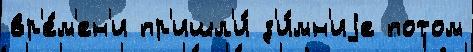
вр'е́м'ен'и пр'ишл'и́ з'и́мн'иjе потом